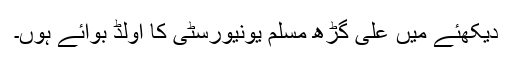
دیکھئے میں علی گڑھ مسلم یونیورسٹی کا اولڈ بوائے ہوں۔